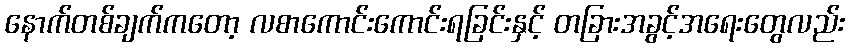
နောက်တစ်ချက်ကတော့ လစာကောင်းကောင်းရခြင်းနှင့် တခြားအခွင့်အရေးတွေလည်း